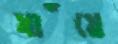
যাঁয়ে